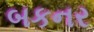
બકનર